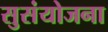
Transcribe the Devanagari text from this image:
सुसंयोजना